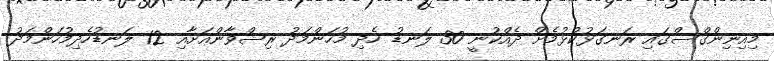
މިއިނިންގްސްގައި ރަނގަޅުކުޅުމެށް ދެއްކުނީ 30 ލަނޑު ހެދި މުހަންމަދު ރިޝްވާންއަށާއި 12 ލަނޑުހެދިމުހަންމަދު